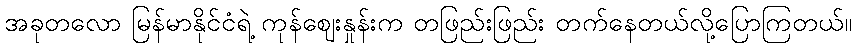
အခုတလော မြန်မာနိုင်ငံရဲ့ ကုန်ဈေးနှုန်းက တဖြည်းဖြည်း တက်နေတယ်လို့ပြောကြတယ်။